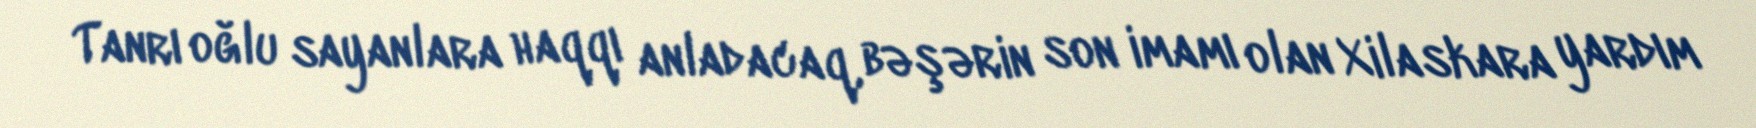
Tanrı oğlu sayanlara haqqı anladacaq, bəşərin son imamı olan Xilaskara yardım